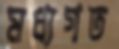
মধ্যগত